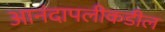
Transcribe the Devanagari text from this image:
आनंदापलीकडील